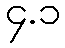
၄.၁